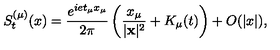
S _ { t } ^ { ( \mu ) } ( x ) = \frac { e ^ { i e t _ { \mu } x _ { \mu } } } { 2 \pi } \left( \frac { x _ { \mu } } { | { \bf x } | ^ { 2 } } + K _ { \mu } ( t ) \right) + O ( | x | ) ,